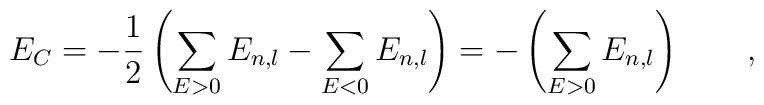
E_C = -\frac{1}{2}\left( \sum_{E>0} E_{n,l} -\sum_{E<0} E_{n,l}\right) = -\left(\sum_{E>0} E_{n,l}\right)\qquad,